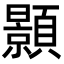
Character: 顥